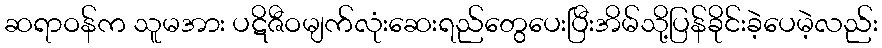
ဆရာဝန်က သူမအား ပဋိဇီဝမျက်လုံးဆေးရည်တွေပေးပြီးအိမ်သို့ပြန်ခိုင်းခဲ့ပေမဲ့လည်း